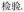
检验。